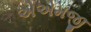
એએમજી